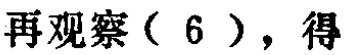
再观察（6），得